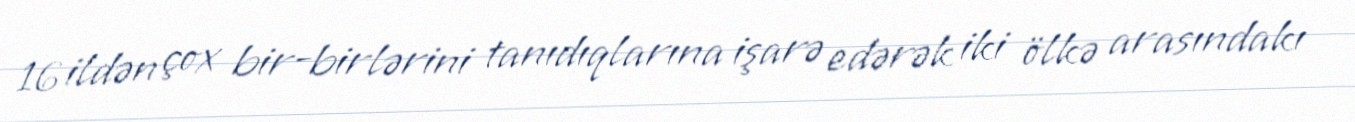
16 ildən çox bir-birlərini tanıdıqlarına işarə edərək iki ölkə arasındakı